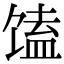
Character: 馌